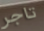
تاجر